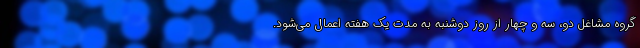
گروه مشاغل دو، سه و چهار از روز دوشنبه به مدت یک هفته اعمال می‌شود.